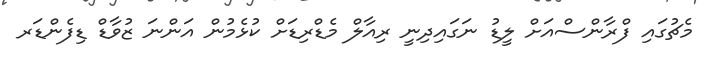
މެޗުގައި ފްރާންސްއަށް ލީޑު ނަގައިދިނީ ރިއާލް މެޑްރިޑަށް ކުޅެމުން އަންނަ ޒުވާޑް ޑިފެންޑަރ